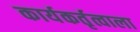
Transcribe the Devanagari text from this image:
कार्यकर्तृत्वाला